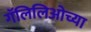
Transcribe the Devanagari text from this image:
गॅलिलिओच्या